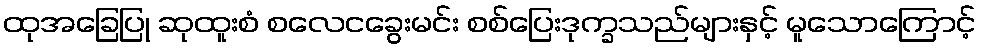
ထုအခြေပြု ဆုထူးစံ စလေငခွေးမင်း စစ်ပြေးဒုက္ခသည်များနှင့် မူသောကြောင့်